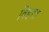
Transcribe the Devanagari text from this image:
विहरत